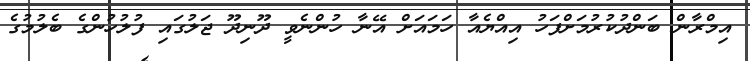
އިމްރާން ބަންދުކުރުމަށްފަހު އިއްޔެއާ ހަަމައަށް އޭނާ ހުންނެވީ ދޫނިދޫ ޖަލުގައި ފުލުހުންގެ ބެލުމުގެ